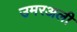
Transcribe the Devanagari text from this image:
उमरअली